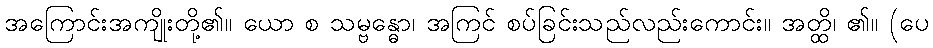
အကြောင်းအကျိုးတို့၏။ ယော စ သမ္ဗန္ဓော၊ အကြင် စပ်ခြင်းသည်လည်းကောင်း။ အတ္ထိ၊ ၏။ (ပေ